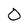
Character: 0